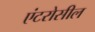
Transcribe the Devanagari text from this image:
एंटरोसील